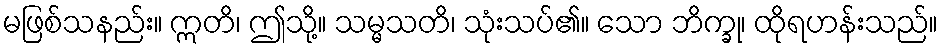
မဖြစ်သနည်း။ ဣတိ၊ ဤသို့။ သမ္မသတိ၊ သုံးသပ်၏။ သော ဘိက္ခု၊ ထိုရဟန်းသည်။